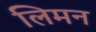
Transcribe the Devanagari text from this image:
लिमन